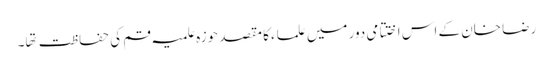
رضا خان کے اس اختتامی دور میں علماء کا مقصد حوزہ علمیہ قم کی حفاظت تها۔